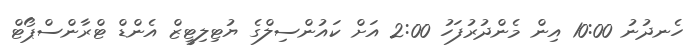
ހެނދުނު 10:00 އިން މެންދުރުފަހު 2:00 އަށް ކައުންސިލްގެ ޔުޓިލިޓީޒް އެންޑް ޓްރާންސްޕޯޓް